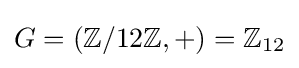
G=(\mathbb {Z} /12\mathbb {Z} ,+)=\mathbb {Z} _{12}